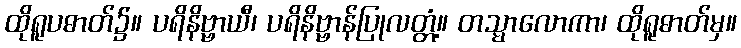
ထိုရူပဓာတ်၌။ ပရိနိဗ္ဗာယီ၊ ပရိနိဗ္ဗာန်ပြုလတ္တံ့။ တသ္မာလောကာ၊ ထိုရူဓာတ်မှ။